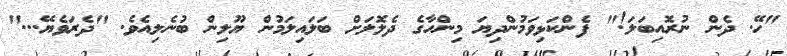
"ހޭ. ދެން ނުރޮއިބަލަ!" ފެންކަޅިވަމުންދިޔަ މިންހާގެ ދެލޮލަށް ބަލައިލަމުން ޔޫލިން ބުނެލިއެވެ. "ދެރަވެޔޭ..."